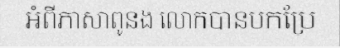
អំពីភាសាពូនង លោកបានបកប្រែ